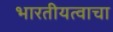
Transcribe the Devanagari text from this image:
भारतीयत्वाचा